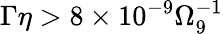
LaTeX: \Gamma\eta>8\times 10^{-9}\Omega_{9}^{-1}